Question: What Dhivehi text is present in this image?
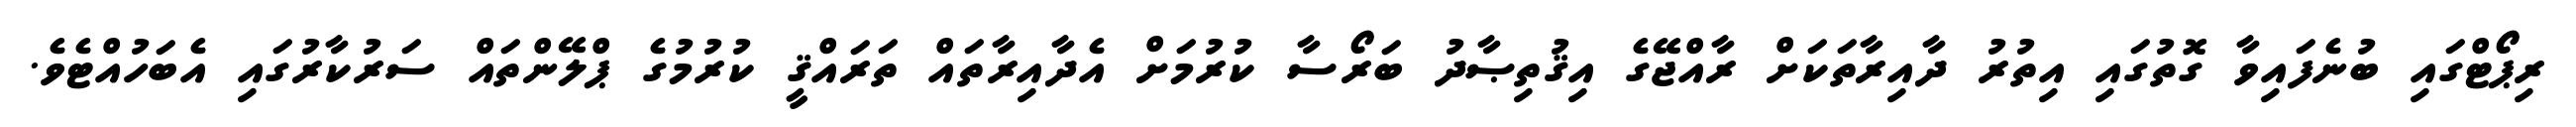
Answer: ރިޕޯޓްގައި ބުނެފައިވާ ގޮތުގައި އިތުރު ދާއިރާތަކަށް ރާއްޖޭގެ އިޤުތިޞާދު ބަރޯސާ ކުރުމަށް އެދާއިރާތައް ތަރައްޤީ ކުރުމުގެ ޕްލޭންތައް ސަރުކާރުގައި އެބަހުއްޓެވެ.